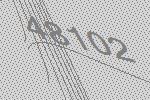
48102